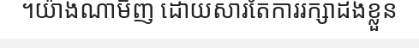
។យ៉ាងណាមិញ ដោយសារតែការរក្សាដងខ្លួន